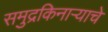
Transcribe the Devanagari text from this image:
समुद्रकिनाऱ्याचे